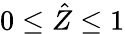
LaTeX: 0\leq\hat{Z}\leq 1